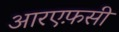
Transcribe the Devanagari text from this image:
आरएफ़सी